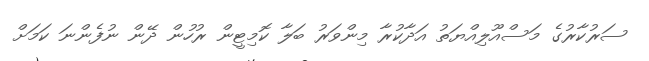
ސަރުކާރުގެ މަސްއޫލިއްޔަތު އަދާކުރާ މިންވަރު ބަލާ ކޮމިޓީން ރުހުން ދޭން ނުފެންނަ ކަމަށް